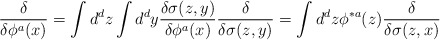
\begin{align*}{\delta\over\delta\phi^{a}(x)}=\int d^{d}z\int d^{d}y {\delta\sigma(z,y)\over\delta\phi^{a}(x)}{\delta\over\delta\sigma(z,y)}=\int d^{d}z\phi^{*a}(z){\delta\over\delta\sigma(z,x)}\end{align*}